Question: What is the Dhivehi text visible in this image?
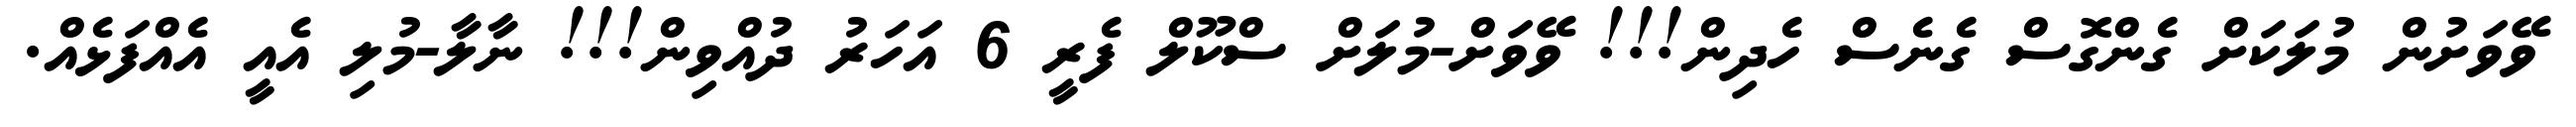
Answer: ވޭވަށުން މުލަކަށް ގެންގޮސް ގެނެސް ހެދިން!!! ވޭވަށް-މުލަށް ސްކޫލް ފެރީ 6 އަހަރު ދުއްވިން!!! ނާލާ-މުލި އެއީ އެއްފަޅެއް.